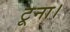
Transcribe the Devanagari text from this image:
टूना।